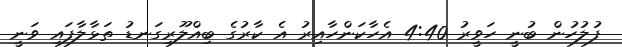
ފުލުހުން ބުނީ ހަވީރު 4:40 އެހާކަންހާއިރު އެ ކާރުގެ ބިއްލޫރިގަނޑު ތަޅާލާފައި ވަނީ